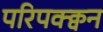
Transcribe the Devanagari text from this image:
परिपक्क्वन